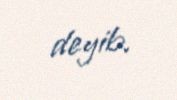
deyib.